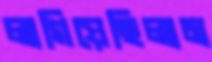
লাগিয়েছিলাম